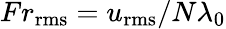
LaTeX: Fr_{\mathrm{rms}}=u_{\mathrm{rms}}/N\lambda_{0}